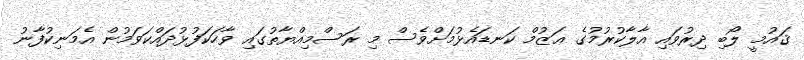
ޤައުމީ ލޯބި ދިރުވައި އާލާކުރުމުގެ ޢަޒުމް ކަނޑައެޅުމަށްވެސް މި ރަސްމިއްޔާތުގައި ވާހަކަފުޅުދައްކަވަމުން އެމަނިކުފާނު